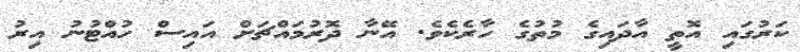
ކަރުގައި އޮތީ އާދައިގެ މުތުގެ ހާރެކެވެ. އޭނާ ދޮރުމައްޗަށް އައިސް ހުއްޓުނު އިރު